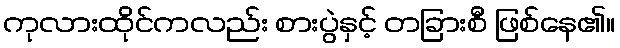
ကုလားထိုင်ကလည်း စားပွဲနှင့် တခြားစီ ဖြစ်နေ၏။